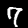
Digit: 7